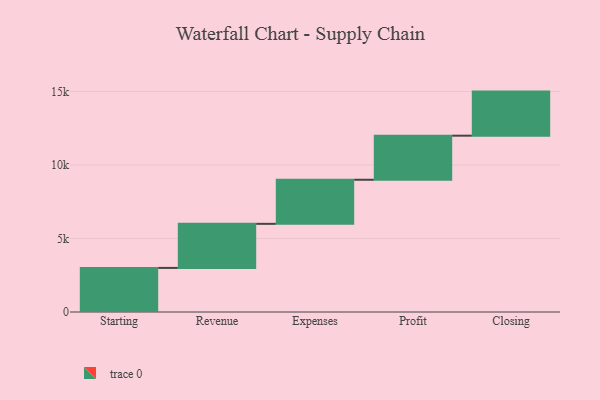
{"axis": {"x": "Step", "y": "Value"}, "legend": [""], "data": [{"x": "Starting", "y": 3000, "type": ""}, {"x": "Revenue", "y": 3000, "type": ""}, {"x": "Expenses", "y": 3000, "type": ""}, {"x": "Profit", "y": 3000, "type": ""}, {"x": "Closing", "y": 3000, "type": ""}]}